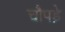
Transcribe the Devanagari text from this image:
चौपड़े